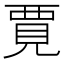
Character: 𫌞